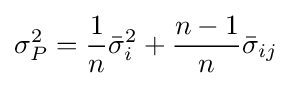
\sigma _{P}^{2}={\frac {1}{n}}{\bar {\sigma }}_{i}^{2}+{\frac {n-1}{n}}{\bar {\sigma }}_{ij}